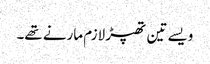
ویسے تین تھپڑ لازم مارنے تھے۔